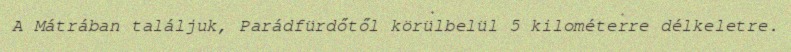
A Mátrában találjuk, Parádfürdőtől körülbelül 5 kilométerre délkeletre.